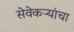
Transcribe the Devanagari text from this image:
सेवेकऱ्यांचा